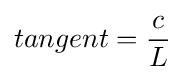
tangent={\frac {c}{L}}